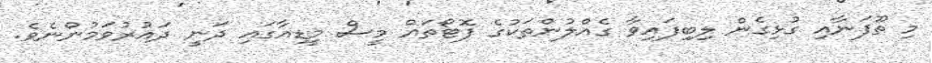
މި ތޫފަނާއި ގުޅިގެން ލިބިފައިވާ ގެއްލުންތަކުގެ ފޮޓޯތައް މީސް މީޑިއާގައި ދަނީ ދައުރުވަމުންނެވެ.